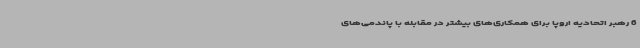
6 رهبر اتحادیه اروپا برای همکاری‌های بیشتر در مقابله با پاندمی‌های